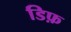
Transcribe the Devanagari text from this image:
डिफ़